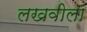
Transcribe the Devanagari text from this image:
लखवीला